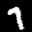
Label: 7